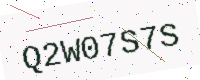
Text: Q2W07S7S